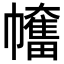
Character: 𢅯